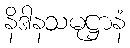
နိဒါနသမုဋ္ဌာနံ